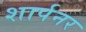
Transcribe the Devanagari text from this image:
शार्पनर